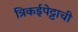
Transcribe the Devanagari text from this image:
त्रिकईपेट्टाची